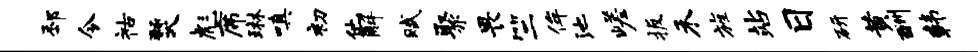
邳令祜燹彪席琳嗔初他解赋聚畏竺侔池嵯扳禾旌站日研黄酬韩